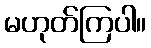
မဟုတ်ကြပါ။